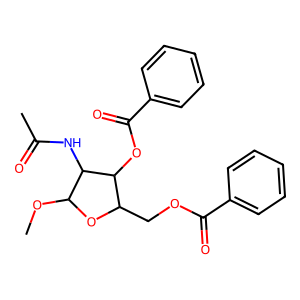
SMILES: COC1OC(COC(=O)c2ccccc2)C(OC(=O)c2ccccc2)C1NC(C)=O
Inhibits HIV replication: No